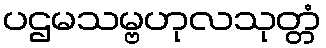
ပဌမသမ္ဗဟုလသုတ္တံ